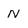
Character: N